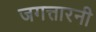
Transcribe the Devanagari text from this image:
जगत्तारनी